Report of the Indian Hemp Drugs Commission, 1894-1895 - Volume VIII
Year: 1894
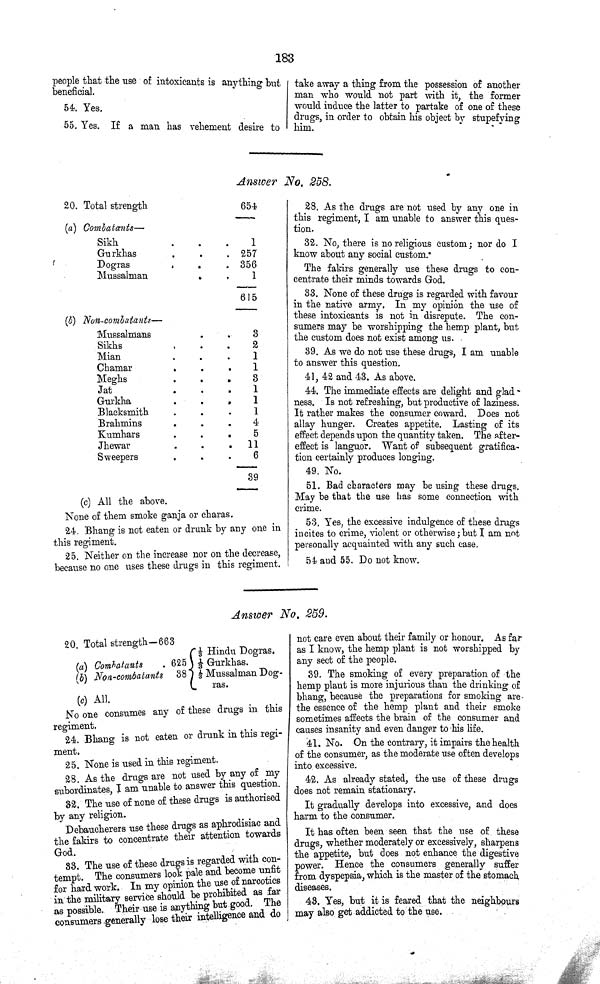
183
people that the use of intoxicants is anything but,
beneficial.
54. Yes.
55. Yes. If a man has vehement desire to
take away a thing from the possession of another
man who would not part with it, the former
would induce the latter to partake of one of these
drugs, in order to obtain his object by stupefying
him.
Answer No. 258.
20. Total strength
654
(a) Combatants—
Sikh
1
Gurkhas
257
Dogras
356
Mussalman
1
615
(b) Non-combatants—
Mussalmans
3
Sikhs
2
Mian
1
Chamar
1
Meghs
3
Jat
1
Gurkha
1
Blacksmith
1
Brahmins
4
Kumhars
5
Jhewar
11
Sweepers
6
39
(c) All the above.
None of them smoke ganja or charas.
24. Bhang is not eaten or drunk by any one in
this regiment.
25. Neither on the increase nor on the decrease,
because no one uses these drugs in this regiment.
28. As the drugs are not used by any one in
this regiment, I am unable to answer this ques¬
tion.
32. No, there is no religious custom; nor do I
know about any social custom.*
The fakirs generally use these drugs to con¬
centrate their minds towards God.
33. None of these drugs is regarded with favour
in the native army. In my opinion the use of
these intoxicants is not in disrepute. The con¬
sumers may be worshipping the hemp plant, but
the custom does not exist among us.
39. As we do not use these drugs, I am unable
to answer this question.
41, 42 and 43. As above.
44. The immediate effects are delight and glad-
ness. Is not refreshing, but productive of laziness.
It rather makes the consumer coward. Does not
allay hunger. Creates appetite. Lasting of its
effect depends upon the quantity taken. The after¬
effect is languor. Want of subsequent gratifica¬
tion certainly produces longing.
49. No.
51. Bad characters may be using these drugs.
May be that the use has some connection with
crime.
53. Yes, the excessive indulgence of these drugs
incites to crime, violent or otherwise; but I am not
personally acquainted with any such case.
54 and 55. Do not know.
Answer No. 259.
20. Total strength—663
(a) Combatants
625
(b) Non-combatants 38
⅓ Hindu Dogras.
⅓ Gurkhas.
⅓ Mussalman Dog-
ras.
(c) All.
No one consumes any of these drugs in this
regiment.
24. Bhang is not eaten or drunk in this regi
ment.
25. None is used in this regiment.
28. As the drugs are not used by any of my
subordinates, I am unable to answer this question.
32. The use of none of these drugs is authorised
by any religion.
Debaucherers use these drugs as aphrodisiac and
the fakirs to concentrate their attention towards
God.
33. The use of these drugs is regarded with con-
tempt. The consumers look pale and become unfit
for hard work. In my opinion the use of narcotics
in the military service should be prohibited as far
as possible. Their use is anything but good. The
consumers generally lose their intelligence and do
not care even about their family or honour. As far
as I know, the hemp plant is not worshipped by
any sect of the people.
39. The smoking of every preparation of the
hemp plant is more injurious than the drinking of
bhang, because the preparations for smoking are
the essence of the hemp plant and their smoke
sometimes affects the brain of the consumer and
causes insanity and even danger to his life.
41. No. On the contrary, it impairs the health
of the consumer, as the moderate use often develops
into excessive.
42. As already stated, the use of these drugs
does not remain stationary.
It gradually develops into excessive, and does
harm to the consumer.
It has often been seen that the use of these
drugs, whether moderately or excessively, sharpens
the appetite, but does not enhance the digestive
power. Hence the consumers generally suffer
from dyspepsia, which is the master of the stomach
diseases.
43. Yes, but it is feared that the neighbours
may also get addicted to the use.